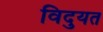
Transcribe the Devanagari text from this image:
विदुयत